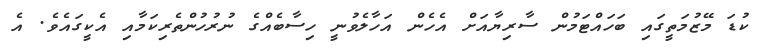
ކުޑަ މޭޒުމަތީގައި ބަހައްޓަަމުން ސާރިޔާއަށް އެހެން އަހާލެވުނީ ހިސާބެއްގެ ނުރުހުންތެރިކަމާއި އެކީގައެވެ. އެ